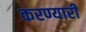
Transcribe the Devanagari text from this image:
करण्यारी